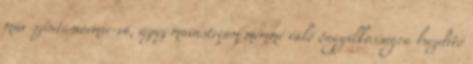
már szinte normie-vá, azaz mainstream mémmé váló öngyilkosságra buzdító